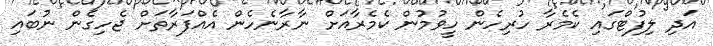
އަދި ލިފުޓްގައި ކެމެރާ ހުރިހެން ހީވުމުން ކެމެރާއަށް ނާރާނެހެން އެއްފަރާތަށް ޖެހިގެން ނުބައި